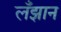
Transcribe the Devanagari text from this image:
लँझान